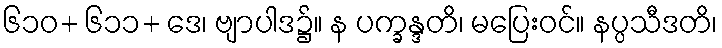
၆၁၀+ ၆၁၁+ ဒေ၊ ဗျာပါဒ၌။ န ပက္ခန္ဒတိ၊ မပြေးဝင်။ နပ္ပသီဒတိ၊